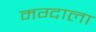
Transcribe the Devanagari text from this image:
मग्दाला